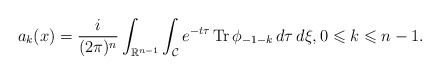
\begin{align*} a_{k}(x) = \frac{i}{(2 \pi)^{n}}\int_{\mathbb{R}^{n-1}}\int_{\mathcal{C}} e^{-t\tau} \operatorname{Tr} \phi_{-1-k} \,d\tau \,d\xi, 0 \leqslant k \leqslant n-1.\end{align*}